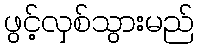
ဖွင့်လှစ်သွားမည်